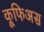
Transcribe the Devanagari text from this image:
कूफिअस